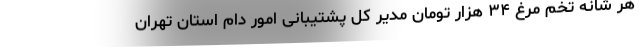
هر شانه تخم مرغ ۳۴ هزار تومان مدیر کل پشتیبانی امور دام استان تهران